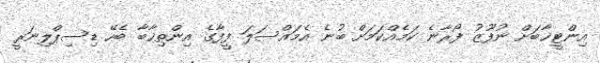
އިންޓީޚާބަށް ނުފޫޒު ފޯރާނެ ކަމެއްކަމަށް ބުނެ އެމައްސަލަ ފީފާގެ އިންތިޚާބާ ބެހޭ ޑިސިޕްލިނަރީ